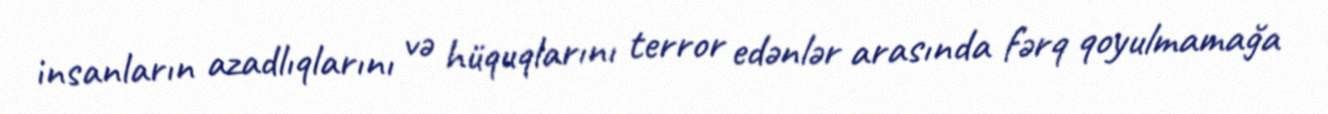
insanların azadlıqlarını və hüquqlarını terror edənlər arasında fərq qoyulmamağa